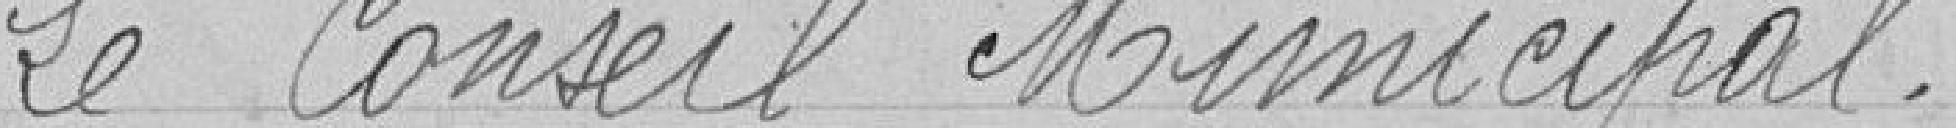
Le Conseil Municipal